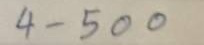
4 - 500